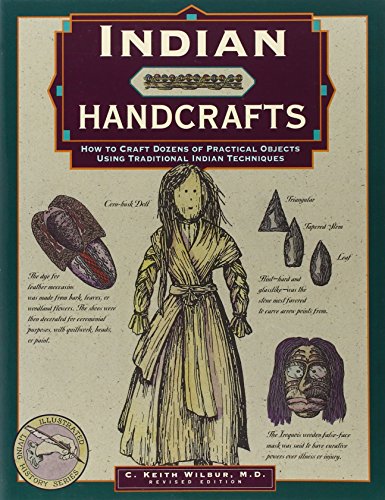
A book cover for Indian Handcrafts: How To Craft Dozens Of Practical Objects Using Traditional Indian Techniques (Illustrated Living History Series); C. Keith Wilbur; Crafts, Hobbies & Home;